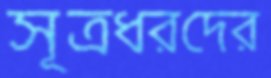
সূত্রধরদের